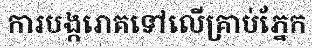
ការបង្ករោគទៅលើគ្រាប់ភ្នែក